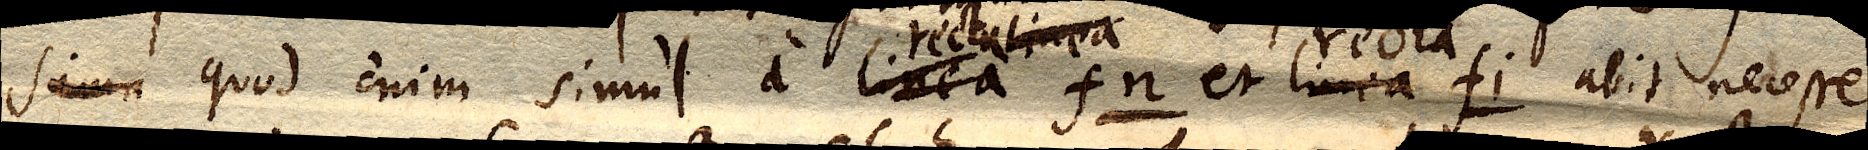
simu quod enim simul a linea fn. et linea fi. abit necesse